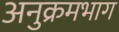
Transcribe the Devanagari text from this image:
अनुक्रमभाग